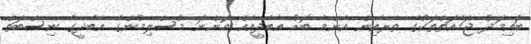
ބައިމަދު ޖަމާއަތްތަކުގެ ތެރެއިން އެންމެ ބޮޑު އާބާދީއެއް އޮންނަ މުސްލިމުންގެ އާބާދީގެ ނިސްބަތް